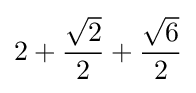
2+{\frac {\sqrt {2}}{2}}+{\frac {\sqrt {6}}{2}}